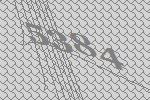
5384